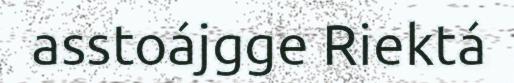
asstoájgge Riektá